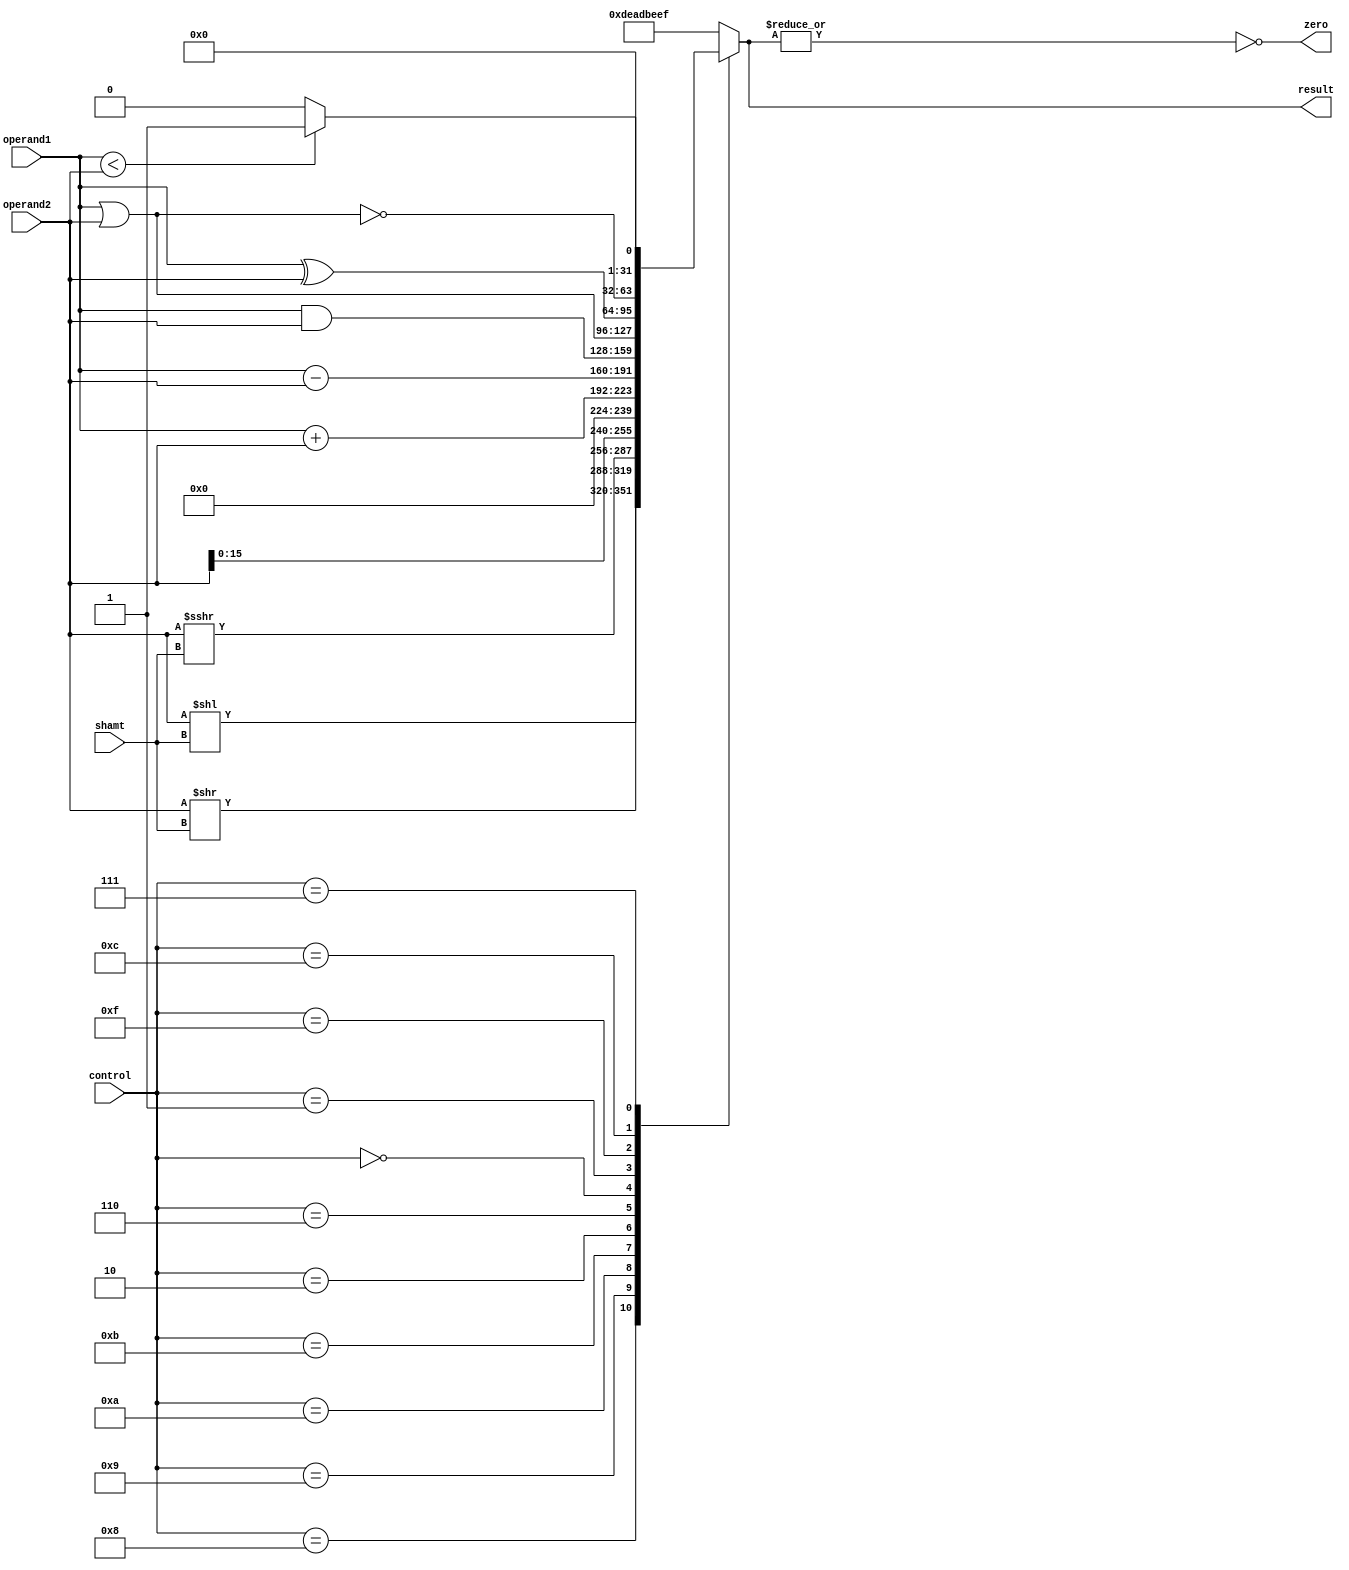
module ALU(result,zero,operand1,operand2,control,shamt);
	output zero;
	output reg [31:0] result;
	input [31:0] operand1, operand2;
	input [3:0] control;
	input [4:0] shamt;
	
	parameter sll = 4'b1000, srl = 4'b1001, sra = 4'b1010, lui = 4'b1011, add = 4'b0010, sub = 4'b0110;
	parameter AND = 4'b0000, OR = 4'b0001, XOR = 4'b1111, NOR = 4'b1100, slt = 4'b0111;
	assign zero = ~|result;
	
	always @(*)
	begin
		result = 32'hDEADBEEF;
		case (control)
			sll:	result = operand2 << shamt;
			srl:	result = operand2 >> shamt;
			sra:	result = $signed(operand2) >>> shamt;
			lui:	result = operand2 << 16;
			add:	result = operand1 + operand2;
			sub:	result = operand1 - operand2;
			AND:	result = operand1 & operand2;
			OR:		result = operand1 | operand2;
			XOR:	result = operand1 ^ operand2;
			NOR:	result = ~(operand1 | operand2);
			slt:	result =  (operand1 < operand2)? 1 : 0;
		endcase
	end
endmodule